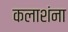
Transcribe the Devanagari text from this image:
कलाशंना